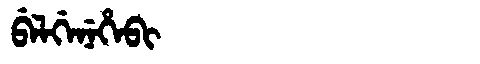
Manchu: ᠪᡝᠯᡤᡝᠨᡝᡥᡝᠪᡳ
Romanization: BELGENEHEBI